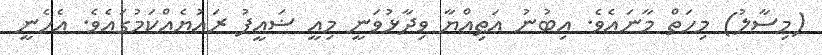
(މިސާލު) މިހަތް މާނައެވެ. އިބުނު ޢަޠިއްޔާ ވިދާޅުވަނީ މިއީ ޟަޢީފު ރައުޔެއްކަމުގައެވެ. އެހެނީ